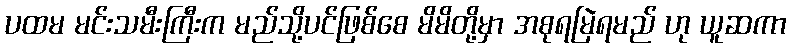
ပထမ မင်းသမီးကြီးက မည်သို့ပင်ဖြစ်စေ မိမိတို့မှာ အစုရမြဲရမည် ဟု ယူဆကာ